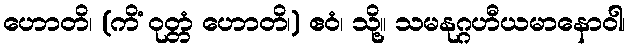
ဟောတိ၊ (ကိံ ဝုတ္တံ ဟောတိ၊) ဧဝံ၊ သို့။ သမနုဂ္ဂဟီယမာနောဝါ၊